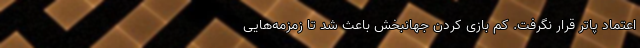
اعتماد پاتر قرار نگرفت. کم بازی کردن جهانبخش باعث شد تا زمزمه‌هایی